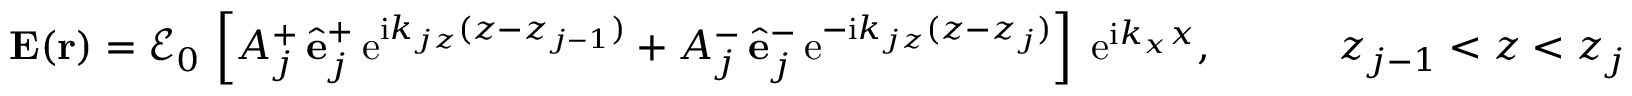
\begin{array} { r } { { \bf E } ( { \bf r } ) = \mathcal { E } _ { 0 } \, \left[ A _ { j } ^ { + } \, \hat { \bf e } _ { j } ^ { + } \, \mathrm { e } ^ { \mathrm { i } k _ { j z } ( z - z _ { j - 1 } ) } + A _ { j } ^ { - } \, \hat { \bf e } _ { j } ^ { - } \, \mathrm { e } ^ { - \mathrm { i } k _ { j z } ( z - z _ { j } ) } \right] \; \mathrm { e } ^ { \mathrm { i } k _ { x } x } , \quad \quad \quad z _ { j - 1 } < z < z _ { j } } \end{array}